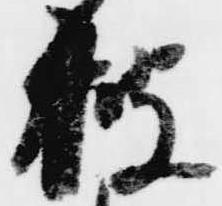
披